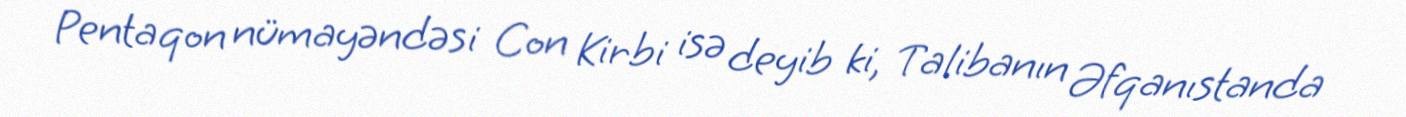
Pentaqon nümayəndəsi Con Kirbi isə deyib ki, Talibanın Əfqanıstanda